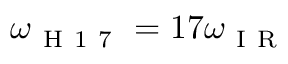
\omega _ { \mathrm { ~ H ~ 1 ~ 7 ~ } } = 1 7 \omega _ { \mathrm { ~ I ~ R ~ } }